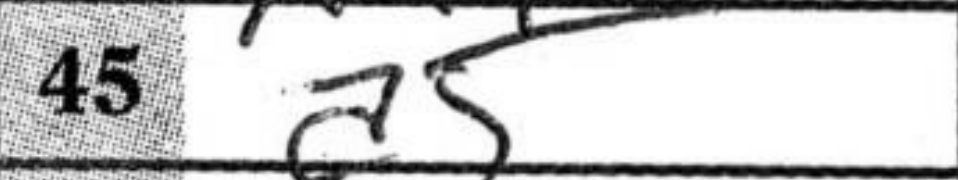
Transcription: a5